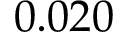
0 . 0 2 0